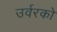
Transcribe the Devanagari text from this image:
उर्वरको